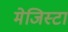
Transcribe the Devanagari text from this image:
मेजिस्टा